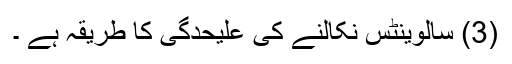
(3) سالوینٹس نکالنے کی علیحدگی کا طریقہ ہے ۔